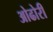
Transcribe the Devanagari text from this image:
ओढोरी